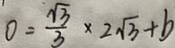
0 = \frac { \sqrt { 3 } } { 3 } \times 2 \sqrt { 3 } + b